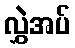
လွှဲအပ်